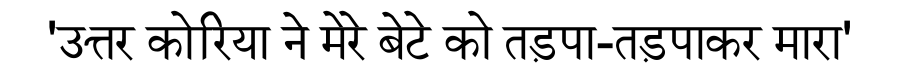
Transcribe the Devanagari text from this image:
'उत्तर कोरिया ने मेरे बेटे को तड़पा-तड़पाकर मारा'